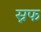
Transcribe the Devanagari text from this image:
स्नफ